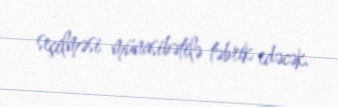
seçilməsi münasibətilə təbrik edəcək.